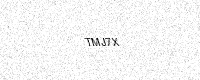
Text: TMJ7X